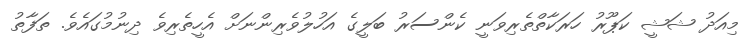
މިއަދު ޝަޝީ ކަޕޫރު ހަރަކާތްތެރިވަނީ ކެންސަރު ބަލީގެ އަހުލުވެރިންނަށް އެހީތެރިވެ ދިނުމުގައެވެ. ތަފާތު